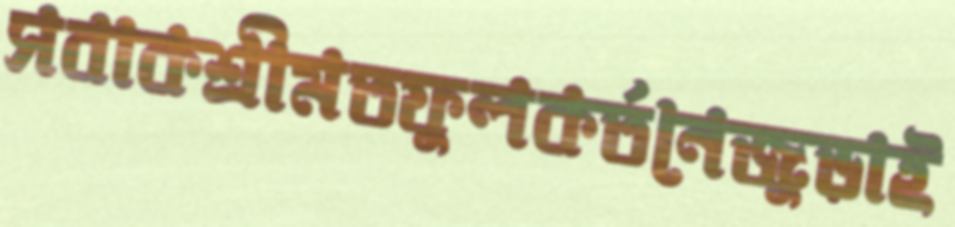
সবাকশ্রীমতফুলকর্তনেজুড়াই